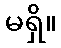
မရှိ။